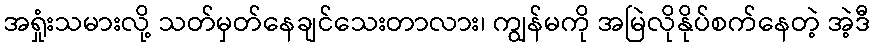
အရှုံးသမားလို့ သတ်မှတ်နေချင်သေးတာလား၊ ကျွန်မကို အမြဲလိုနိုပ်စက်နေတဲ့ အဲ့ဒီ